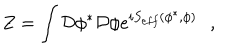
LaTeX: Z = \int { \cal D } \phi ^ { * } { \cal D } \phi e ^ { i S _ { e f f } ( \phi ^ { * } , \phi ) } \, \, \, \, ,